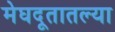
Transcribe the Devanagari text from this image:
मेघदूतातल्या